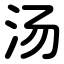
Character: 汤